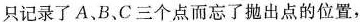
只记录了A、B、C三个点而忘了抛出点的位置，